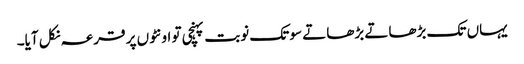
یہاں تک بڑھاتے بڑھاتے سو تک نوبت پہنچی تو اونٹوں پر قرعہ نکل آیا۔